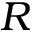
R